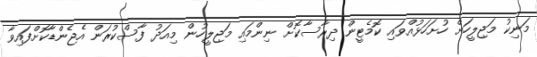
މަނިކު މަޖިލީހަށް ހުށަހަޅުއްވައި ކޮމެޓީން ދިރާސާކޮށް ނިންމައި މަޖިލީހުން މިއަދު ފާސްކުރަން އެޖެންޑާކޮށްފައިވާ